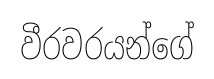
වීරවරයන්ගේ